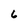
Character: 6